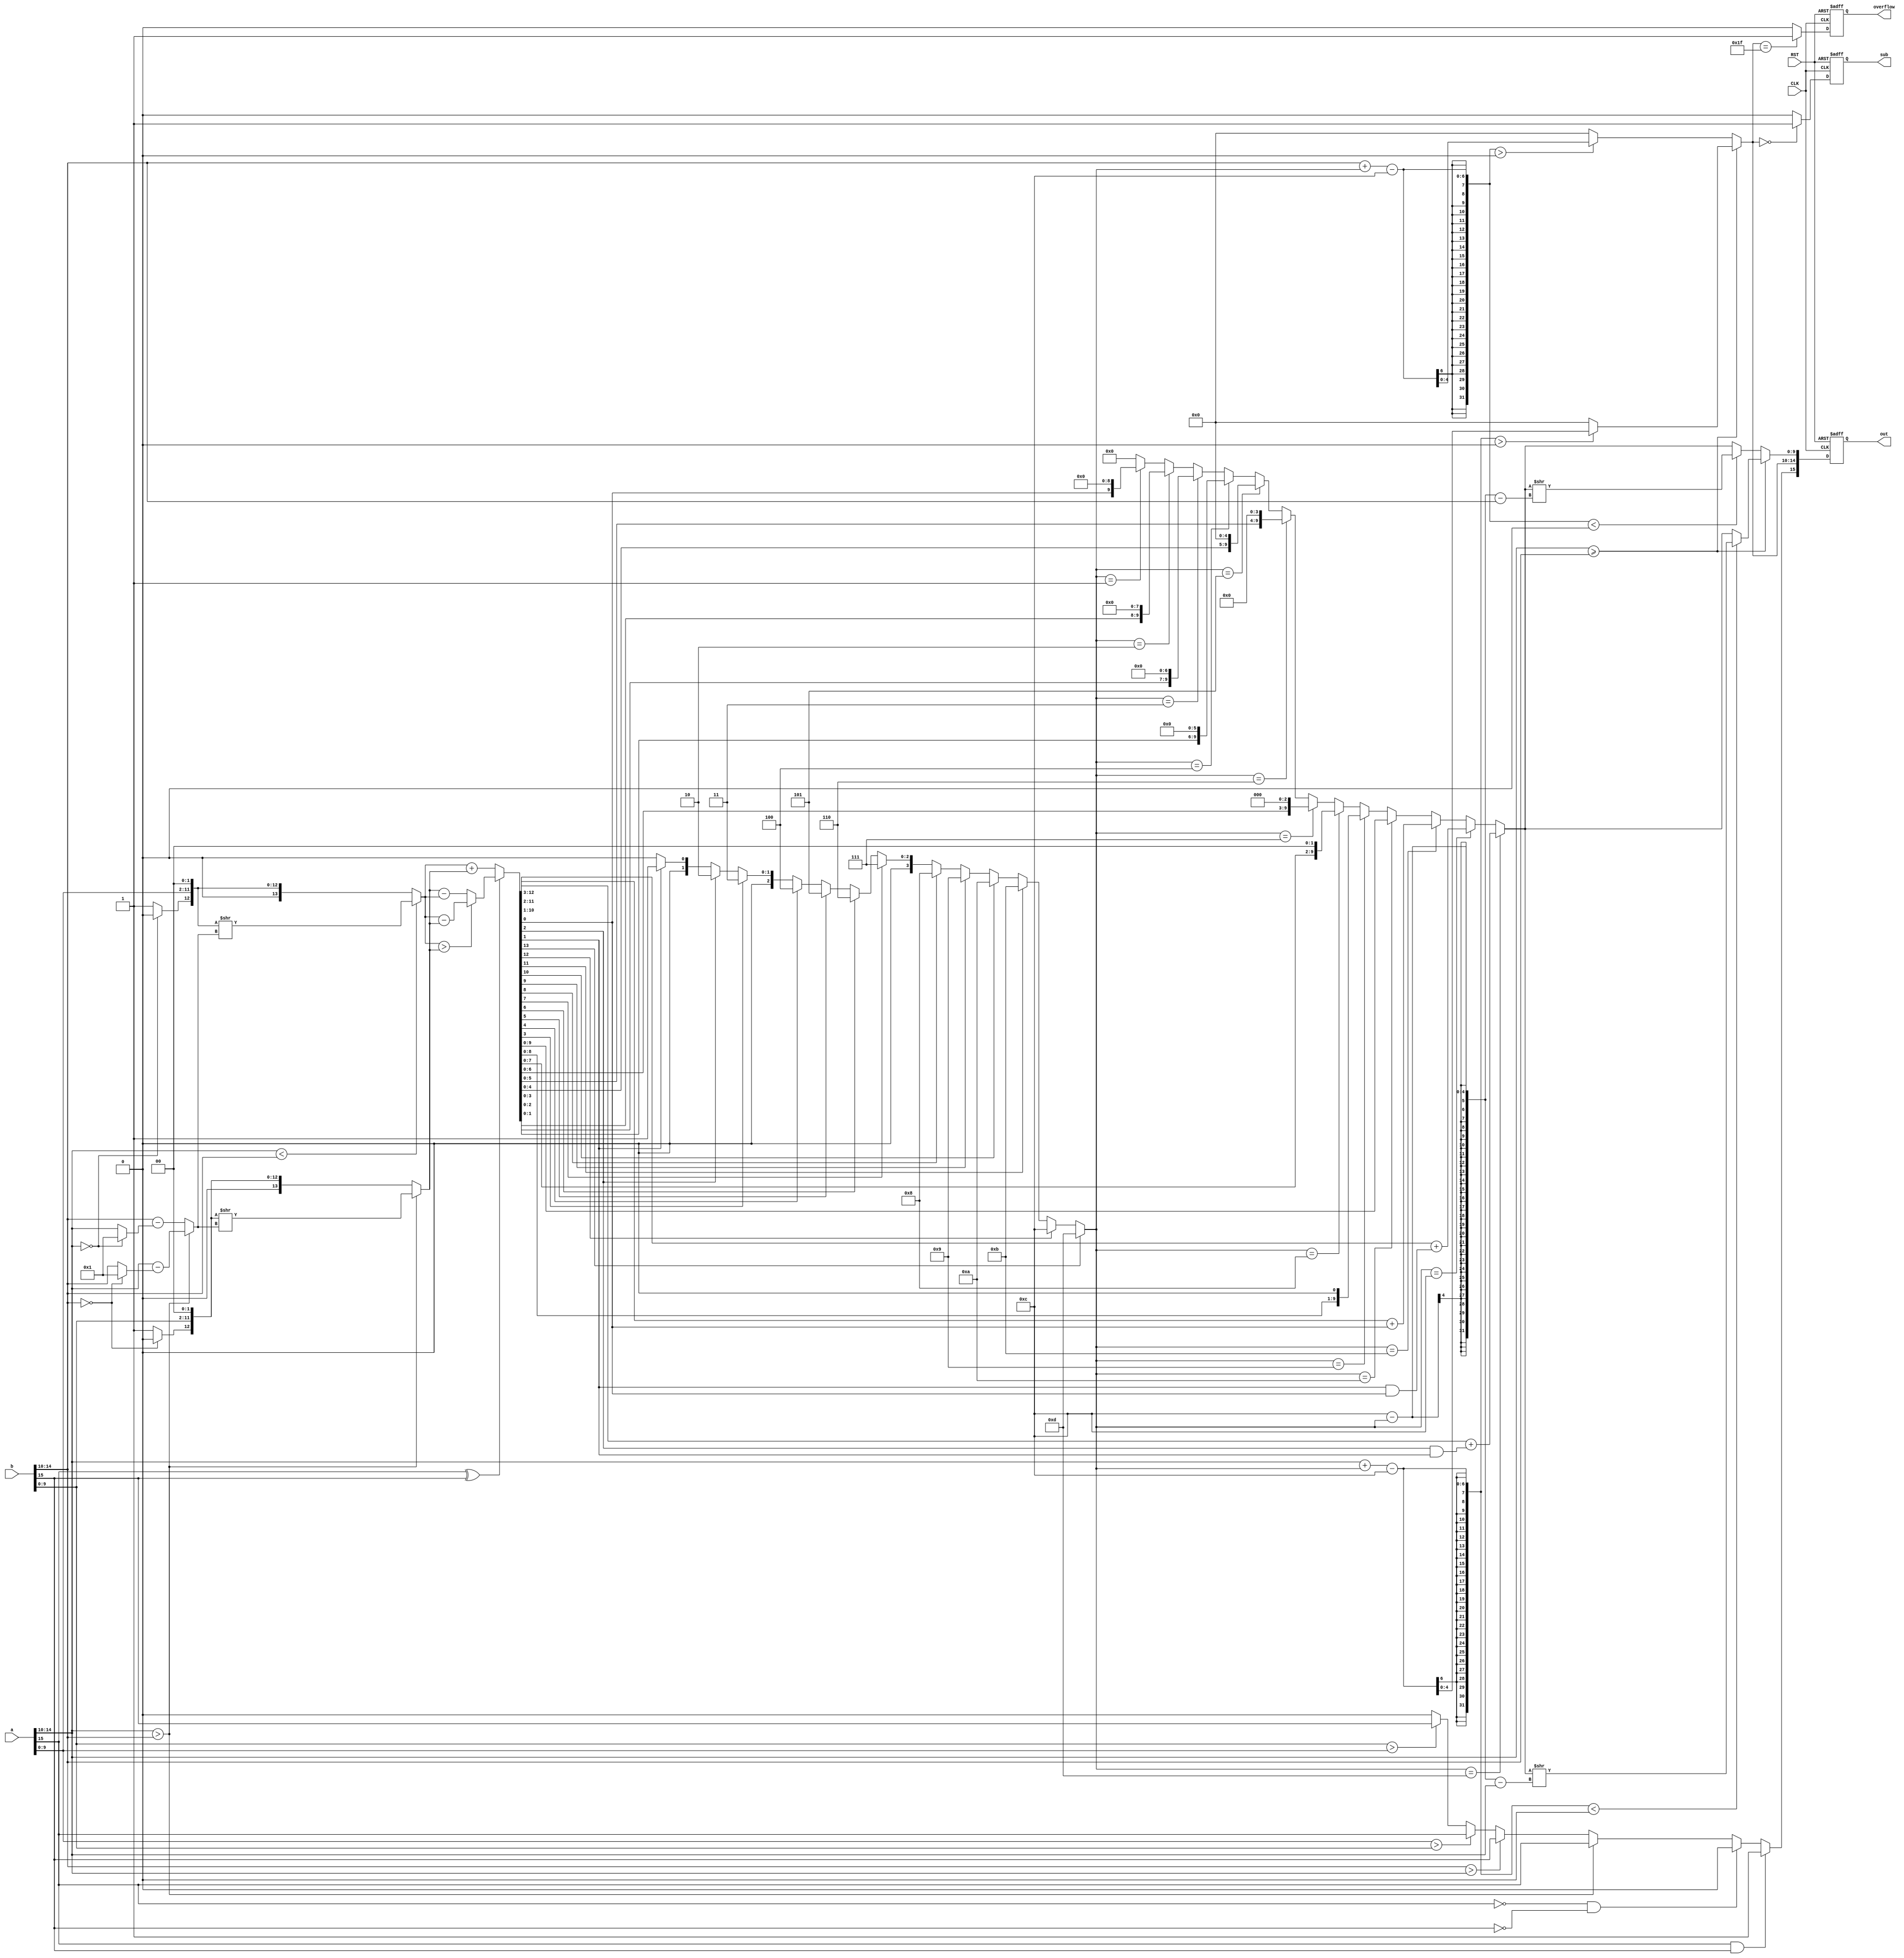
module fpadd(a,b,out,overflow,sub,CLK,RST);
	 input [15:0] a;
	 input [15:0] b;
	 input CLK, RST;
	 
	 wire [13:0] shiftedA;
	 wire [13:0] shiftedB;
	 wire [13:0] shiftedAA;
	 wire [13:0] shiftedBB;
	 wire [13:0] signedA;
	 wire [13:0] signedB;
	 wire [13:0] Sum;
	 wire [9:0] fra1;
	 wire [9:0] fra2;
	 wire [4:0] exp;
	 wire [4:0] shift;
	 wire sign;
	 wire subt;
	 wire [3:0] sumshift; 
	 
	 output reg [15:0] out;
	 output reg overflow, sub;
	 
	 assign sign = ((a[15] == 1) && (b[15] ==1)) ? 1 :
						((a[15] == 0) && (b[15] ==0))	? 0 :
						(a[14:10] > b[14:10]) ? a[15] :
						(b[14:10] > a[14:10]) ? b[15] :
						(a[9:0] > b[9:0]) ? a[15] :
						(b[9:0] > a[9:0]) ? b[15] : 0;
	 assign subt = a[15] ^ b[15];
	 assign shift[4:0] = (a[14:10] > b[14:10]) ? (a[14:10] - (b[14:10]==5'b00000 ? 5'b00001 :b[14:10])) : 
								(b[14:10] - (a[14:10]==5'b00000 ? 5'b00001 :a[14:10]));
	 assign shiftedA[13:12] = (a[14:10] == 5'b0) ? 2'b00 : 2'b01;
	 assign shiftedB[13:12] = (b[14:10] == 5'b0) ? 2'b00 : 2'b01;
	 assign shiftedA[11:2] = a[9:0];
	 assign shiftedB[11:2] = b[9:0];
	 assign shiftedA[1:0] = 2'b00;
	 assign shiftedB[1:0] = 2'b00;
	 assign shiftedAA[13:0] = (a[14:10] < b[14:10]) ? (shiftedA >> shift) : shiftedA;
	 assign shiftedBB[13:0] = (a[14:10] > b[14:10]) ? (shiftedB >> shift) : shiftedB;
	 
	 assign Sum = subt ? ((shiftedAA > shiftedBB) ? (shiftedAA - shiftedBB) : (shiftedBB-shiftedAA)) : (shiftedAA+shiftedBB); 
	 
	 assign sumshift = Sum[13] ? 13 : 
							 Sum[12] ? 12 :
							 Sum[11] ? 11 :
							 Sum[10] ?  10 :
							 Sum[9] ? 9 :
							 Sum[8] ? 8 :
							 Sum[7] ? 7 :
							 Sum[6] ? 6 :
							 Sum[5] ? 5 :
							 Sum[4] ? 4 :
							 Sum[3] ? 3 :
							 Sum[2] ? 2 :
							 Sum[1] ? 1 : 0;
	 
	 assign fra1[9:0] = sumshift == 13 ? (Sum[12:3] + (Sum[2]&&Sum[1])) : 
							 sumshift == 12 ? (Sum[11:2] + (Sum[1]&&Sum[0])) :
							 sumshift == 11 ? (Sum[10:1] + Sum[0]) :
							 sumshift == 10 ?  Sum[9:0] :
							 sumshift == 9 ? {Sum[8:0],1'b0} :
							 sumshift == 8 ? {Sum[7:0],2'b00} :
							 sumshift == 7 ? {Sum[6:0],3'b000} :
							 sumshift == 6 ? {Sum[5:0],4'b0000} :
							 sumshift == 5 ? {Sum[4:0],5'b00000} :
							 sumshift == 4 ? {Sum[3:0],6'b000000} :
							 sumshift == 3 ? {Sum[2:0],7'b0000000} :
							 sumshift == 2 ? {Sum[1:0],8'b00000000} :
							 sumshift == 1 ? {Sum[0],  9'b000000000} : 10'b0000000000;
							 
	 assign exp = (a[14:10] >= b[14:10]) ? (((a[14:10] + sumshift -12) > 5'b00000)? (a[14:10] + sumshift -12) : 5'b00000): 
						(((b[14:10] + sumshift -12) > 5'b00000)? (b[14:10] + sumshift -12) : 5'b00000);
						
						
	 assign fra2[9:0] = (a[14:10] >= b[14:10]) ? (((a[14:10] + sumshift -12) < 5'b00000)? 
	                    (fra1 >> (12-sumshift -a[14:10])): fra1) : (((b[14:10] + sumshift -12) < 5'b00000)? 
	                    (fra1 >> (12-sumshift -b[14:10])): fra1);
	 
	 
	 always @(posedge CLK or negedge RST) begin
		if (!RST) begin
		out <= 0;
		sub <= 0;
		overflow <=0;
	end else begin
		out <= {sign,exp[4:0],fra2[9:0]};
		overflow <= (exp == 5'b11111) ? 1 : 0;
		sub <= (exp == 5'b00000) ? 1 :0;	 
	end
	end


endmodule